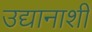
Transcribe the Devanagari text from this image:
उद्यानाशी